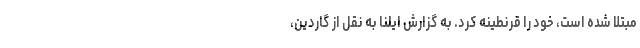
مبتلا شده است، خود را قرنطینه کرد. به گزارش ایلنا به نقل از گاردین،